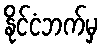
နိုင်ငံဘက်မှ